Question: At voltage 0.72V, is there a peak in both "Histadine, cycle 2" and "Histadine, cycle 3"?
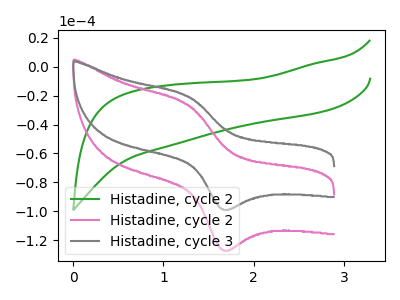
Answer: <think>The green curve "Histadine, cycle 2" has no peaks. The pink curve "Histadine, cycle 2" has an anodic peak at (1.25V, -26.40uA) and a cathodic peak at (1.65V, -126.70uA). The gray curve "Histadine, cycle 3" has an anodic peak at (1.25V, -20.55uA) and a cathodic peak at (1.65V, -98.60uA).</think>
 <answer>No, "Histadine, cycle 2" and "Histadine, cycle 3" dont share a peak at 0.72V.</answer>
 <eval>mismatch</eval>